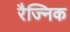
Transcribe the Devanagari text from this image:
रैज्निक